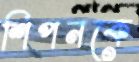
শিপনকে